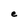
Character: e